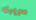
سريرى